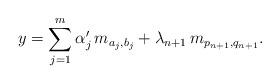
LaTeX: \begin{align*}y = \sum_{j = 1}^m \alpha_j'\, m_{a_j, b_j} + \lambda_{n+1}\, m_{p_{n+1}, q_{n+1}}.\end{align*}